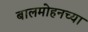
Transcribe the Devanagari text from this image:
बालमोहनच्या